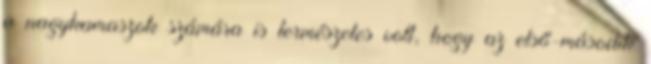
a nagykamaszok számára is természetes volt, hogy az első-második